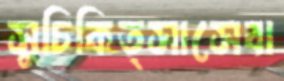
সুচিকিত্সাসেবা